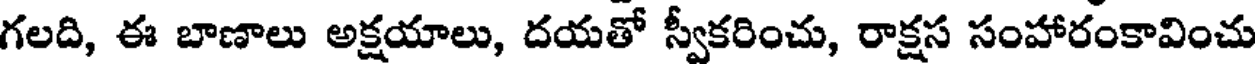
గలది, ఈ బాణాలు అక్షయాలు, దయతో స్వీకరించు, రాక్షస సంహారంకావించు